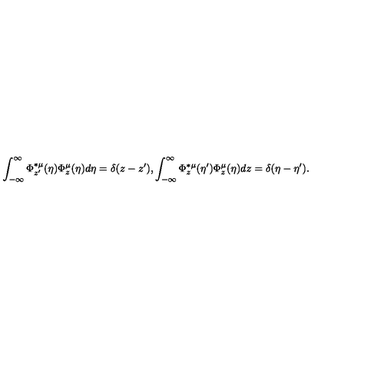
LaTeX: \int _ { - \infty } ^ { \infty } \Phi _ { z ^ { \prime } } ^ { \ast \mu } ( \eta ) \Phi _ { z } ^ { \mu } ( \eta ) d \eta = \delta ( z - z ^ { \prime } ) , \int _ { - \infty } ^ { \infty } \Phi _ { z } ^ { \ast \mu } ( \eta ^ { \prime } ) \Phi _ { z } ^ { \mu } ( \eta ) d z = \delta ( \eta - \eta ^ { \prime } ) .